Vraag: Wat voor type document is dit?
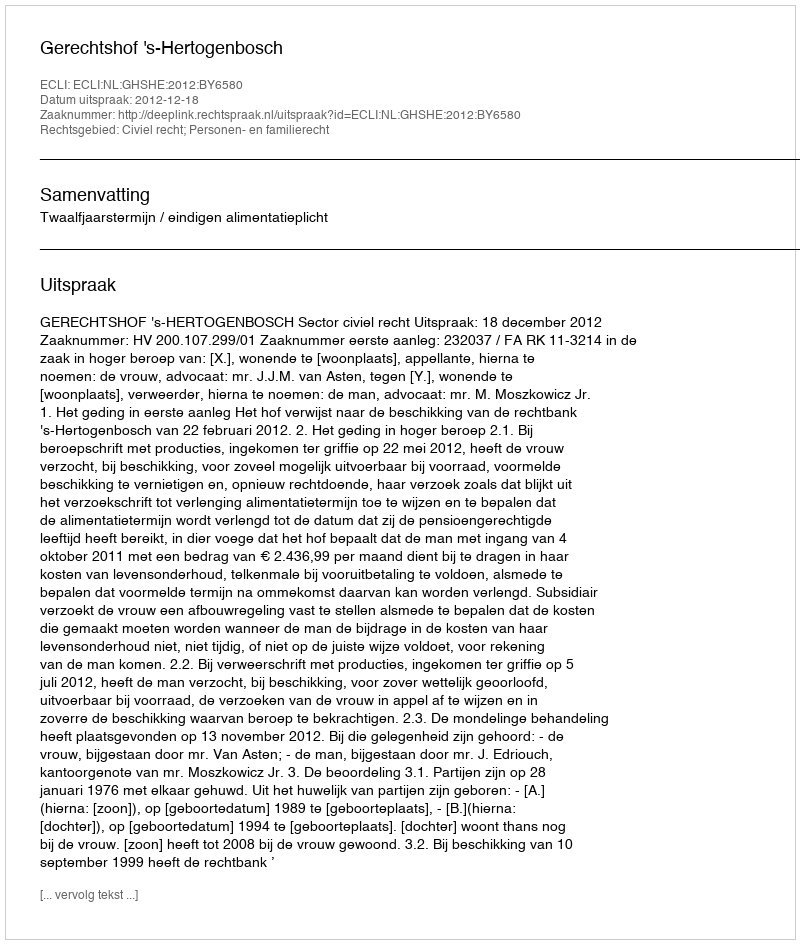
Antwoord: Uitspraak